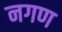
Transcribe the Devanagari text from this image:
नगण